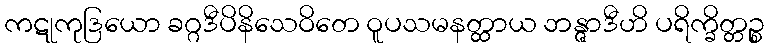
ကဋုကုဒြယော ခဂ္ဂဒီပိနိသေဝိတေ ဝူပသမနတ္ထာယ ဘန္ဇာဒီဟိ ပရိက္ခိတ္တဉ္စ